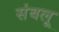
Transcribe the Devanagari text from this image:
संबलू